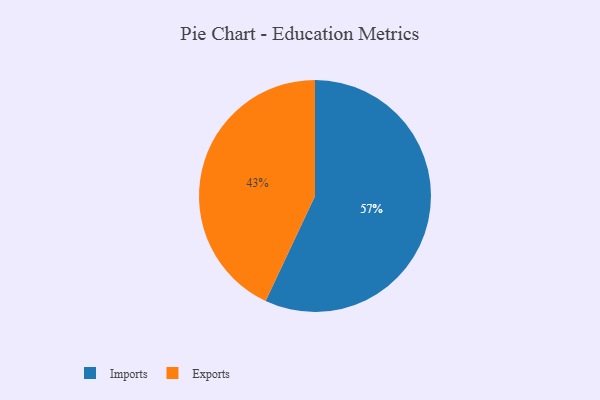
{"axis": {"x": "Category", "y": "Percentage"}, "legend": ["Exports", "Imports"], "data": [{"x": "Exports", "y": 43, "type": "Exports"}, {"x": "Imports", "y": 57, "type": "Imports"}]}